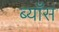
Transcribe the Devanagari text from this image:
ब्याँस